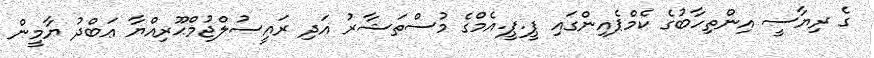
ގެ ރިޔާސީ އިންތިހާބުގެ ކެމްޕެއިންގައި ޕީ.ޕީ.އެމްގެ މުސްތަޝާރު އަދި ރައީސުލްޖުމްޙޫރިއްޔާ ޢަބްދު ޔާމީން